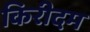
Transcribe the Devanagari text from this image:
किरीदम